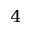
^ 4